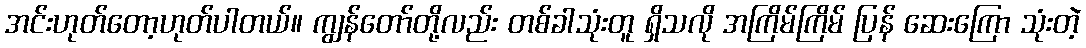
အင်းဟုတ်တော့ဟုတ်ပါတယ်။ ကျွန်တော်တို့လည်း တစ်ခါသုံးတူ ရှိသလို အကြိမ်ကြိမ် ပြန် ဆေးကြော သုံးတဲ့